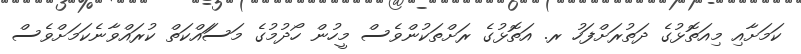
ކަމަށާއި މިއަތޮޅުގެ ދަތުރަށްފަހު ރ. އަތޮޅުގެ ރަށްތަަކުންވެސް މީހުން ހޯދުމުގެ މަސަައްކަތް ކުރައްވާނެކަމަށްވެސް